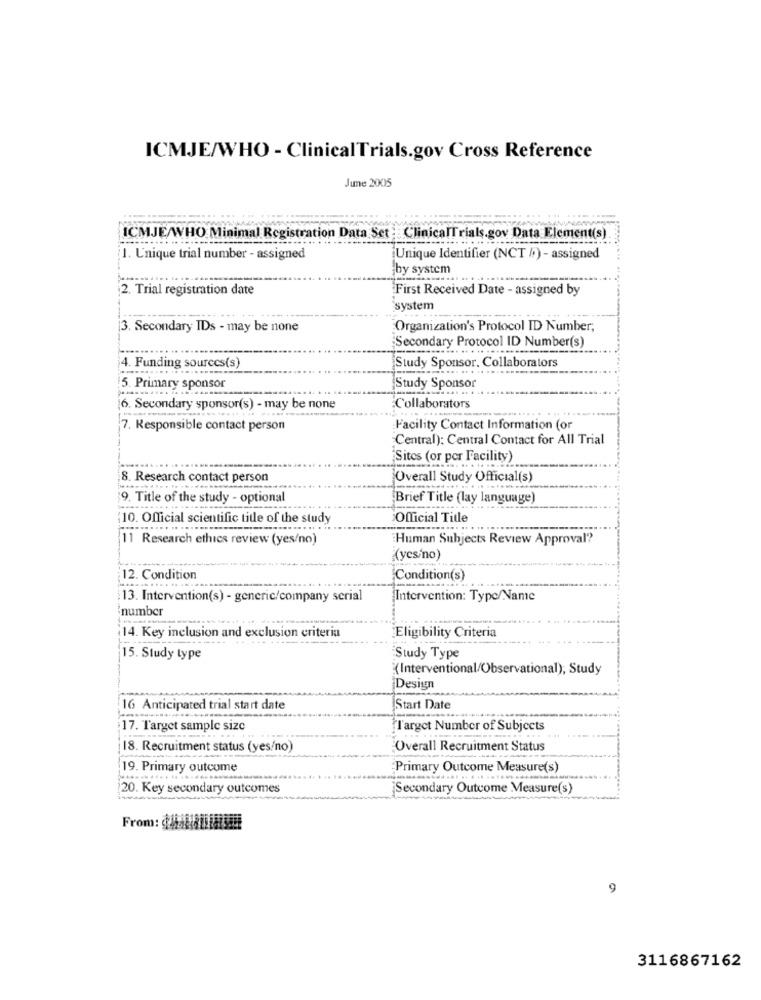
ICMJE/WHO - ClinicalTrials.gov Cross Reference
June 2005
ICMJE/WHO Minimal Registration Data Set : : ClinicalTrials.gov Data Element(s)
1. Unique trial number - assigned
Unique Identifier (NCT /;) - assigned
by system
--
2. Trial registration date
First Received Date - assigned by
system
3. Secondary IDs - may be none
Organization's Protocol ID Number;
"Secondary Protocol ID Number(s)
Study Sponsor. Collaborators
4. Funding sources(s)
5. Primary sponsor
Study Sponsor
6. Secondary sponsor(s) - may be none
Collaborators
7. Responsible contact person
Facility Contact Information (or
Central): Central Contact for All Trial
Sites (or per Facility)
8. Research contact person
Overall Study Official(s)
9. Title of the study - optional
Brief Title (lay language)
10. Official scientific title of the study
Official Title
11 Research ethics review (yes/no)
Human Subjects Review Approval?
(yes/no)
12. Condition
Condition(s)
13. Intervention(s) - generic/company serial
Intervention: Type/Name
number
14. Key inclusion and exclusion criteria
Eligibility Criteria
15. Study type
Study Type
(Interventional/Observational); Study
Design
16 Anticipated trial start date
Start Date
17. Target sample size
Target Number of Subjects
18. Recruitment status (yes/no)
Overall Recruitment Status
19. Primary outcome
Primary Outcome Measure(s)
20. Key secondary outcomes
Secondary Outcome Measure(s)
9
3116867162